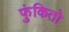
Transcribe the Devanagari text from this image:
फुंकितो